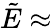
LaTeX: \tilde{E}\approx